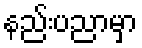
နည်းပညာမှာ